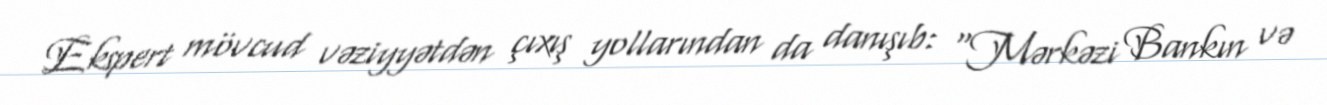
Ekspert mövcud vəziyyətdən çıxış yollarından da danışıb: “Mərkəzi Bankın və